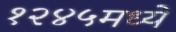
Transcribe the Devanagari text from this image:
१२४५मध्ये